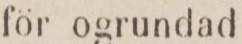
för ogrundad